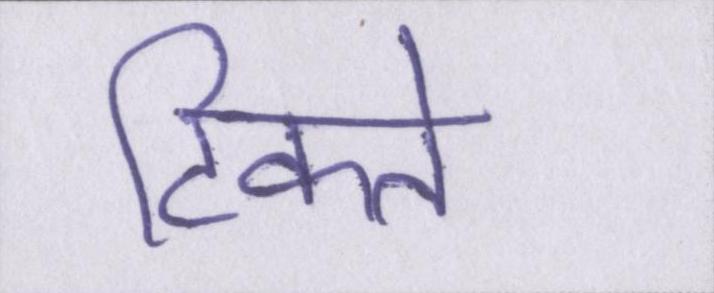
टिकते